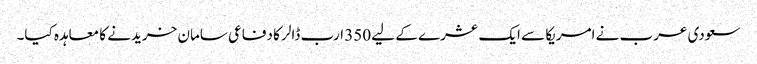
سعودی عرب نے امریکا سے ایک عشرے کے لیے 350 ارب ڈالر کا دفاعی سامان خریدنے کا معاہدہ کیا۔